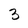
Character: 3